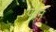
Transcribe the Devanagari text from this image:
पेहेन